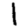
Digit: 1